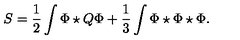
S = \frac 1 2 \int \Phi \star Q \Phi + \frac 1 3 \int \Phi \star \Phi \star \Phi .